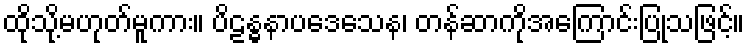
ထိုသို့မဟုတ်မူကား။ ပိဠန္ဓနာပဒေသေန၊ တန်ဆာကိုအကြောင်းပြုသဖြင့်။